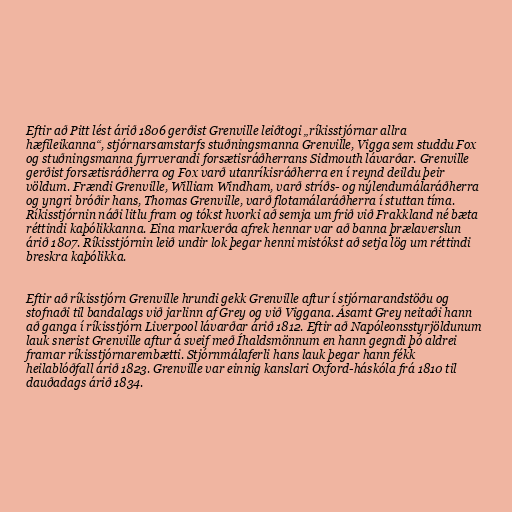
Eftir að Pitt lést árið 1806 gerðist Grenville leiðtogi „ríkisstjórnar allra
hæfileikanna“, stjórnarsamstarfs stuðningsmanna Grenville, Vigga sem studdu Fox
og stuðningsmanna fyrrverandi forsætisráðherrans Sidmouth lávarðar. Grenville
gerðist forsætisráðherra og Fox varð utanríkisráðherra en í reynd deildu þeir
völdum. Frændi Grenville, William Windham, varð stríðs- og nýlendumálaráðherra
og yngri bróðir hans, Thomas Grenville, varð flotamálaráðherra í stuttan tíma.
Ríkisstjórnin náði litlu fram og tókst hvorki að semja um frið við Frakkland né bæta
réttindi kaþólikkanna. Eina markverða afrek hennar var að banna þrælaverslun
árið 1807. Ríkisstjórnin leið undir lok þegar henni mistókst að setja lög um réttindi
breskra kaþólikka.

Eftir að ríkisstjórn Grenville hrundi gekk Grenville aftur í stjórnarandstöðu og
stofnaði til bandalags við jarlinn af Grey og við Viggana. Ásamt Grey neitaði hann
að ganga í ríkisstjórn Liverpool lávarðar árið 1812. Eftir að Napóleonsstyrjöldunum
lauk snerist Grenville aftur á sveif með Íhaldsmönnum en hann gegndi þó aldrei
framar ríkisstjórnarembætti. Stjórnmálaferli hans lauk þegar hann fékk
heilablóðfall árið 1823. Grenville var einnig kanslari Oxford-háskóla frá 1810 til
dauðadags árið 1834.